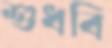
শুধবি